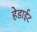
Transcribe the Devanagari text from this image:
हेडाईट